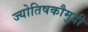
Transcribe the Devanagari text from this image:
ज्योतिषकौमुदी